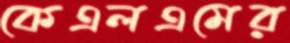
কেএলএমের